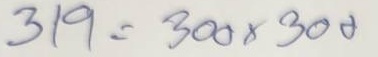
319 = 300 x 300